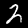
Label: 2